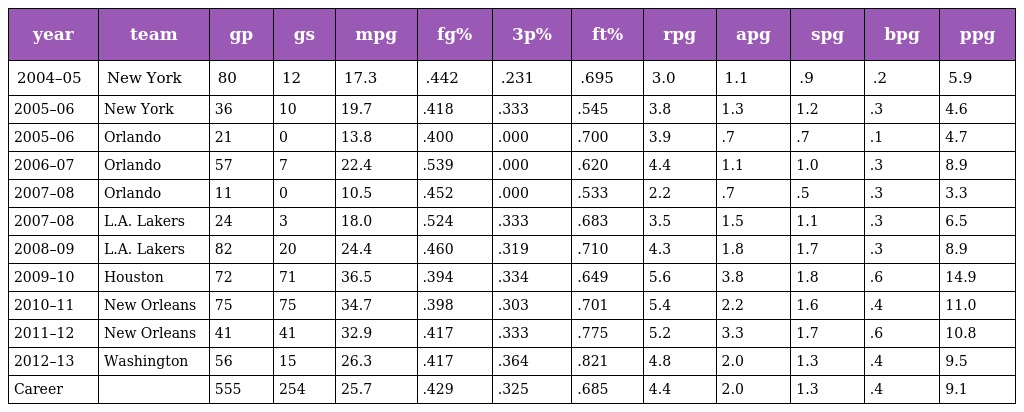
| year | team | gp | gs | mpg | fg% | 3p% | ft% | rpg | apg | spg | bpg | ppg |
 | --- | --- | --- | --- | --- | --- | --- | --- | --- | --- | --- | --- | --- |
 | 2004–05 | New York | 80 | 12 | 17.3 | .442 | .231 | .695 | 3.0 | 1.1 | .9 | .2 | 5.9 |
 | 2005–06 | New York | 36 | 10 | 19.7 | .418 | .333 | .545 | 3.8 | 1.3 | 1.2 | .3 | 4.6 |
 | 2005–06 | Orlando | 21 | 0 | 13.8 | .400 | .000 | .700 | 3.9 | .7 | .7 | .1 | 4.7 |
 | 2006–07 | Orlando | 57 | 7 | 22.4 | .539 | .000 | .620 | 4.4 | 1.1 | 1.0 | .3 | 8.9 |
 | 2007–08 | Orlando | 11 | 0 | 10.5 | .452 | .000 | .533 | 2.2 | .7 | .5 | .3 | 3.3 |
 | 2007–08 | L.A. Lakers | 24 | 3 | 18.0 | .524 | .333 | .683 | 3.5 | 1.5 | 1.1 | .3 | 6.5 |
 | 2008–09 | L.A. Lakers | 82 | 20 | 24.4 | .460 | .319 | .710 | 4.3 | 1.8 | 1.7 | .3 | 8.9 |
 | 2009–10 | Houston | 72 | 71 | 36.5 | .394 | .334 | .649 | 5.6 | 3.8 | 1.8 | .6 | 14.9 |
 | 2010–11 | New Orleans | 75 | 75 | 34.7 | .398 | .303 | .701 | 5.4 | 2.2 | 1.6 | .4 | 11.0 |
 | 2011–12 | New Orleans | 41 | 41 | 32.9 | .417 | .333 | .775 | 5.2 | 3.3 | 1.7 | .6 | 10.8 |
 | 2012–13 | Washington | 56 | 15 | 26.3 | .417 | .364 | .821 | 4.8 | 2.0 | 1.3 | .4 | 9.5 |
 | Career |  | 555 | 254 | 25.7 | .429 | .325 | .685 | 4.4 | 2.0 | 1.3 | .4 | 9.1 |